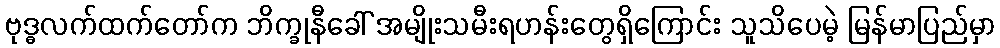
ဗုဒ္ဓလက်ထက်တော်က ဘိက္ခုနီခေါ် အမျိုးသမီးရဟန်းတွေရှိကြောင်း သူသိပေမဲ့ မြန်မာပြည်မှာ